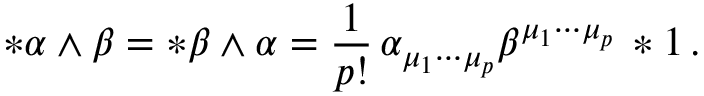
* \alpha \wedge \beta = * \beta \wedge \alpha = \frac { 1 } { p ! } \, \alpha _ { \mu _ { 1 } \cdots \mu _ { p } } \beta ^ { \mu _ { 1 } \cdots \mu _ { p } } \, * 1 \, .